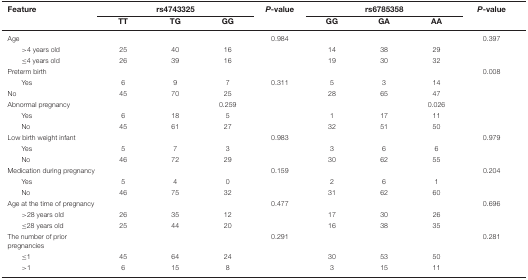
<table><thead><tr><td><b>Feature</b></td><td colspan="3"><b>rs4743325</b></td><td><b><i>P</i>-value</b></td><td colspan="3"><b>rs6785358</b></td><td><b><i>P</i>-value</b></td></tr><tr><td></td><td><b>TT</b></td><td><b>TG</b></td><td><b>GG</b></td><td></td><td><b>GG</b></td><td><b>GA</b></td><td><b>AA</b></td><td></td></tr></thead><tbody><tr><td>Age</td><td></td><td></td><td></td><td>0.984</td><td></td><td></td><td></td><td>0.397</td></tr><tr><td>&gt;4 years old</td><td>25</td><td>40</td><td>16</td><td></td><td>14</td><td>38</td><td>29</td><td></td></tr><tr><td>≤4 years old</td><td>26</td><td>39</td><td>16</td><td></td><td>19</td><td>30</td><td>32</td><td></td></tr><tr><td>Preterm birth</td><td></td><td></td><td></td><td></td><td></td><td></td><td></td><td>0.008</td></tr><tr><td>Yes</td><td>6</td><td>9</td><td>7</td><td>0.311</td><td>5</td><td>3</td><td>14</td><td></td></tr><tr><td>No</td><td>45</td><td>70</td><td>25</td><td></td><td>28</td><td>65</td><td>47</td><td></td></tr><tr><td>Abnormal pregnancy</td><td></td><td></td><td>0.259</td><td></td><td></td><td></td><td>0.026</td><td></td></tr><tr><td>Yes</td><td>6</td><td>18</td><td>5</td><td></td><td>1</td><td>17</td><td>11</td><td></td></tr><tr><td>No</td><td>45</td><td>61</td><td>27</td><td></td><td>32</td><td>51</td><td>50</td><td></td></tr><tr><td>Low birth weight infant</td><td></td><td></td><td></td><td>0.983</td><td></td><td></td><td></td><td>0.979</td></tr><tr><td>Yes</td><td>5</td><td>7</td><td>3</td><td></td><td>3</td><td>6</td><td>6</td><td></td></tr><tr><td>No</td><td>46</td><td>72</td><td>29</td><td></td><td>30</td><td>62</td><td>55</td><td></td></tr><tr><td>Medication during pregnancy</td><td></td><td></td><td></td><td>0.159</td><td></td><td></td><td></td><td>0.204</td></tr><tr><td>Yes</td><td>5</td><td>4</td><td>0</td><td></td><td>2</td><td>6</td><td>1</td><td></td></tr><tr><td>No</td><td>46</td><td>75</td><td>32</td><td></td><td>31</td><td>62</td><td>60</td><td></td></tr><tr><td>Age at the time of pregnancy</td><td></td><td></td><td></td><td>0.477</td><td></td><td></td><td></td><td>0.696</td></tr><tr><td>&gt;28 years old</td><td>26</td><td>35</td><td>12</td><td></td><td>17</td><td>30</td><td>26</td><td></td></tr><tr><td>≤28 years old</td><td>25</td><td>44</td><td>20</td><td></td><td>16</td><td>38</td><td>35</td><td></td></tr><tr><td>The number of prior pregnancies</td><td></td><td></td><td></td><td>0.291</td><td></td><td></td><td></td><td>0.281</td></tr><tr><td>≤1</td><td>45</td><td>64</td><td>24</td><td></td><td>30</td><td>53</td><td>50</td><td></td></tr><tr><td>&gt;1</td><td>6</td><td>15</td><td>8</td><td></td><td>3</td><td>15</td><td>11</td><td></td></tr></tbody></table>